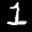
Label: 1